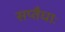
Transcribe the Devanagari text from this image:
सप्तैधाः